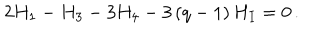
2 H _ { 1 } - H _ { 3 } - 3 H _ { 4 } - 3 \left( q - 1 \right) H _ { I } = 0 \, .